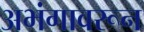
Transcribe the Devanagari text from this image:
अभंगावरून